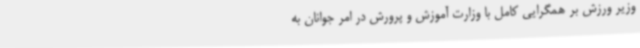
وزیر ورزش بر همگرایی کامل با وزارت آموزش و پرورش در امر جوانان به